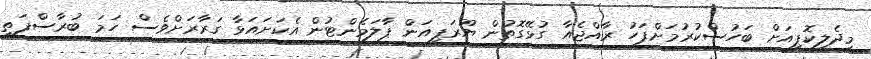
މިދެލިކޮޕީއަށް ބަހުސްކުރުމަށްފަހު ރާއްޖެއާ ގުޅޭގޮތުން ޔޫރަޕިއަން ޕާލަމެންޓުން އެކަށައަޅާ ގަރާރަށްވެސް ހަމަ ބުރާސްފަތި